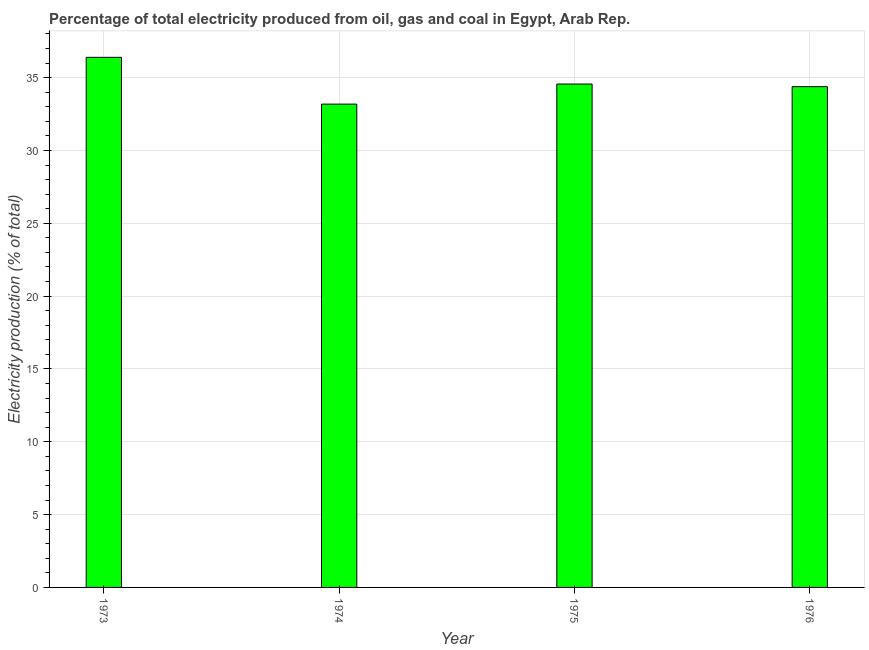
| Year | Electricity production |
 | --- | --- |
 | 1973 | 36.4 |
 | 1974 | 33.2 |
 | 1975 | 34.6 |
 | 1976 | 34.4 |